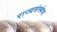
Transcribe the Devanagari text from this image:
राज्यसंस्थेचा